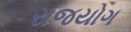
રાજયોગ